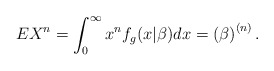
\begin{align*}EX^{n}=\int_{0}^{\infty }x^{n}f_{g}(x|\beta )dx=\left( \beta \right)^{\left( n\right) }. \end{align*}